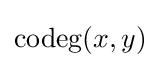
{\text{codeg}}(x,y)